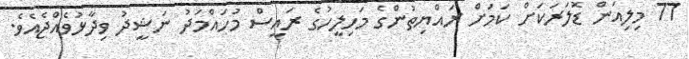
77 މިލިއަން ޑޮލަރަކަށް ކަމަށް ރައްޔިތުންގެ މަހިލީހުގެ ރައީސް މުހައްމަދު ނަޝީދު ވިދާޅުވެއްޖެއެވެ.